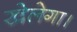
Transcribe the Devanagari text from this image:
खेलेगा।